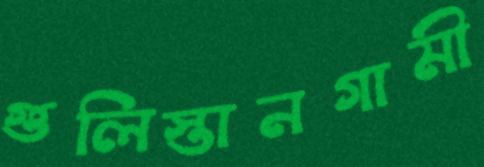
গুলিস্তানগামী